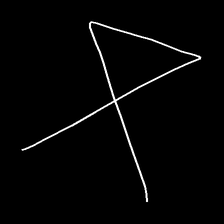
Glyph: collection